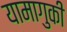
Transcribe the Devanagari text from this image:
यामागुकी